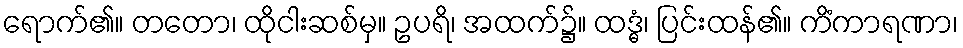
ရောက်၏။ တတော၊ ထိုငါးဆစ်မှ။ ဥပရိ၊ အထက်၌။ ထဒ္ဓံ၊ ပြင်းထန်၏။ ကိံကာရဏာ၊